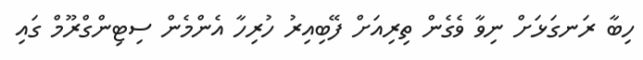
ހިބާ ރަނގަޅަށް ނިވާ ވެގެން ތިރިއަށް ފޭބިއިރު ހުރިހާ އެންމެން ސިޓިންގްރޫމް ގައި